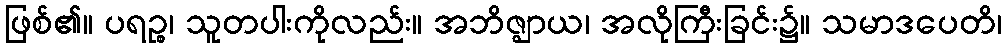
ဖြစ်၏။ ပရဉ္စ၊ သူတပါးကိုလည်း။ အဘိဇ္ဈာယ၊ အလိုကြီးခြင်း၌။ သမာဒပေတိ၊